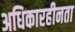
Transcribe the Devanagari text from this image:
अधिकारहीनता